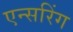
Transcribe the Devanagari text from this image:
एन्सरिंग